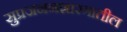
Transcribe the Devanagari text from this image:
सुप्रजननशास्त्रातील